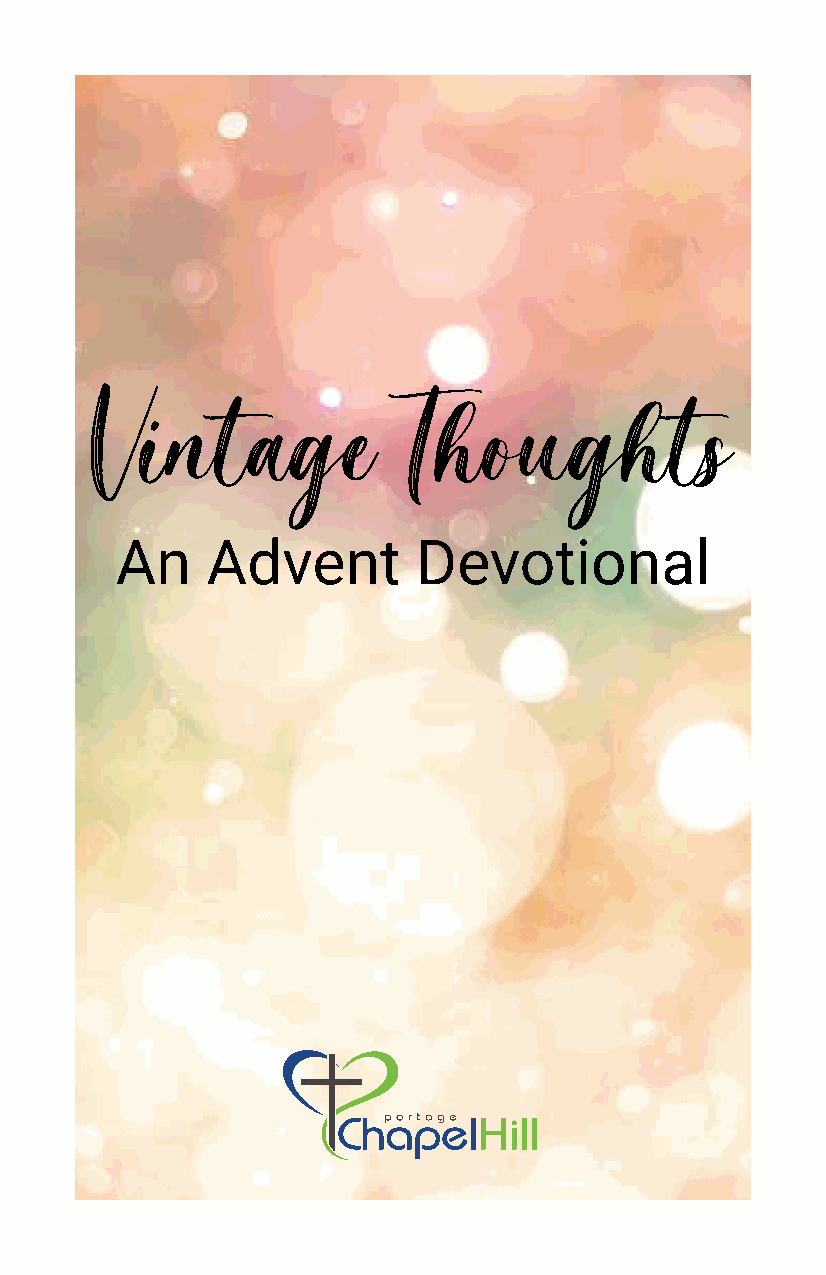
Vintage              Thoughts
 An    Advent        Devotional